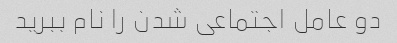
دو عامل اجتماعی شدن را نام ببرید